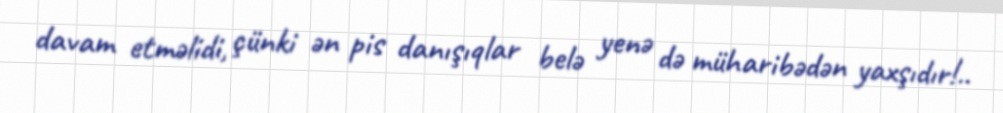
davam etməlidi, çünki ən pis danışıqlar belə yenə də müharibədən yaxşıdır!..